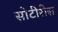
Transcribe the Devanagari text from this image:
सोटीरीस